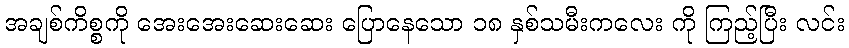
အချစ်ကိစ္စကို အေးအေးဆေးဆေး ပြောနေသော ၁၈ နှစ်သမီးကလေး ကို ကြည့်ပြီး လင်း